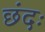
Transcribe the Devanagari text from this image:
छंदः